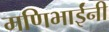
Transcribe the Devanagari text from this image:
मणिभाईंनी